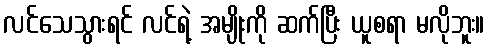
လင်သေသွားရင် လင်ရဲ့ အမျိုးကို ဆက်ပြီး ယူစရာ မလိုဘူး။